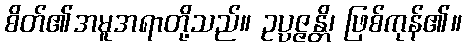
စိတ်၏အမူအရာတို့သည်။ ဥပ္ပဇ္ဇန္တိ၊ ဖြစ်ကုန်၏။